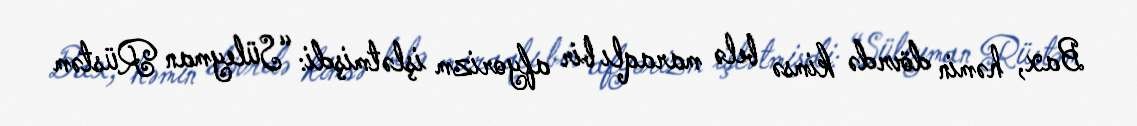
Bax, həmin dövrdə kimsə belə maraqlı bir afyorizm işlətmişdi: “Süleyman Rüstəm